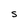
Character: S